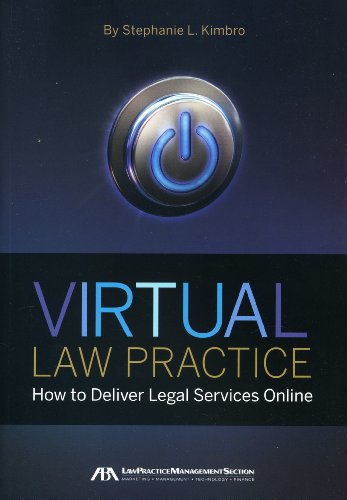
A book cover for Virtual Law Practice: How to Deliver Legal Services Online; Stephanie Kimbro; Law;